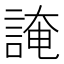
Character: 䛳